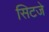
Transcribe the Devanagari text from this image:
सिटजे